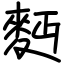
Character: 麪